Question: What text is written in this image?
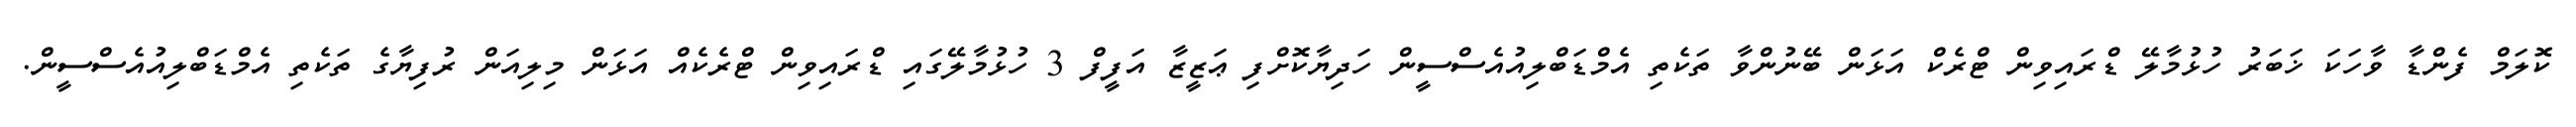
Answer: ކޮލަމް ފެންޑާ ވާހަކަ ޚަބަރު ހުޅުމާލޭ ޑްރައިވިން ޓްރެކް އަޅަން ބޭނުންވާ ތަކެތި އެމްޑަބްލިއުއެސްސީން ހަދިޔާކޮށްފި ޢަޒީޒާ އަފީފް 3 ހުޅުމާލޭގައި ޑްރައިވިން ޓްރެކެއް އަޅަން މިލިއަން ރުފިޔާގެ ތަކެތި އެމްޑަބްލިއުއެސްސީން.